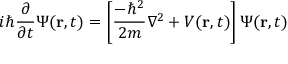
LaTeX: i \hbar { \frac { \partial } { \partial t } } \Psi ( \mathbf { r } , t ) = \left[ { \frac { - \hbar ^ { 2 } } { 2 m } } \nabla ^ { 2 } + V ( \mathbf { r } , t ) \right] \Psi ( \mathbf { r } , t )